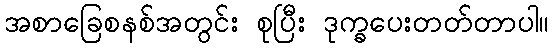
အစာခြေစနစ်အတွင်း စုပြီး ဒုက္ခပေးတတ်တာပါ။